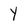
Character: Y